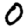
Digit: 0